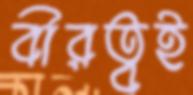
বীরত্বই